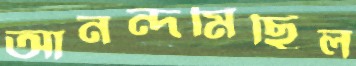
আনন্দমিছিল